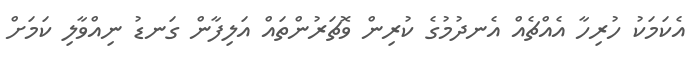
އެކަމަކު ހުރިހާ އެއްޗެއް އެނދުމުގެ ކުރިން ވޮޗަރުންތައް އަލިފާން ގަނޑު ނިއްވާލި ކަމަށް